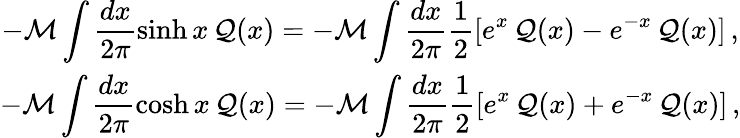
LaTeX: \begin{array}{c}{{\displaystyle-{\cal M}\displaystyle\int\displaystyle\frac{dx}{2\pi}\sinh x\, {\cal Q}(x)=-{\cal M}\displaystyle\int\displaystyle\frac{dx}{2\pi}\displaystyle\frac{1}{2}[e^{x}\, {\cal Q}(x)-e^{-x}\, {\cal Q}(x)]\, ,}}\\ {{-{\cal M}\displaystyle\int\displaystyle\frac{dx}{2\pi}\cosh x\, {\cal Q}(x)=-{\cal M}\displaystyle\int\displaystyle\frac{dx}{2\pi}\displaystyle\frac{1}{2}[e^{x}\, {\cal Q}(x)+e^{-x}\, {\cal Q}(x)]\, ,}}\end{array}